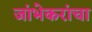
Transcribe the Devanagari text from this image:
जांभेकरांचा